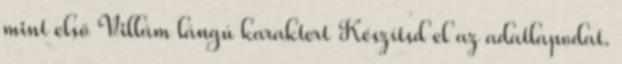
mint első Villám lángú karaktert Készítsd el az adatlapodat.